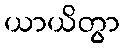
ယာယိတွာ